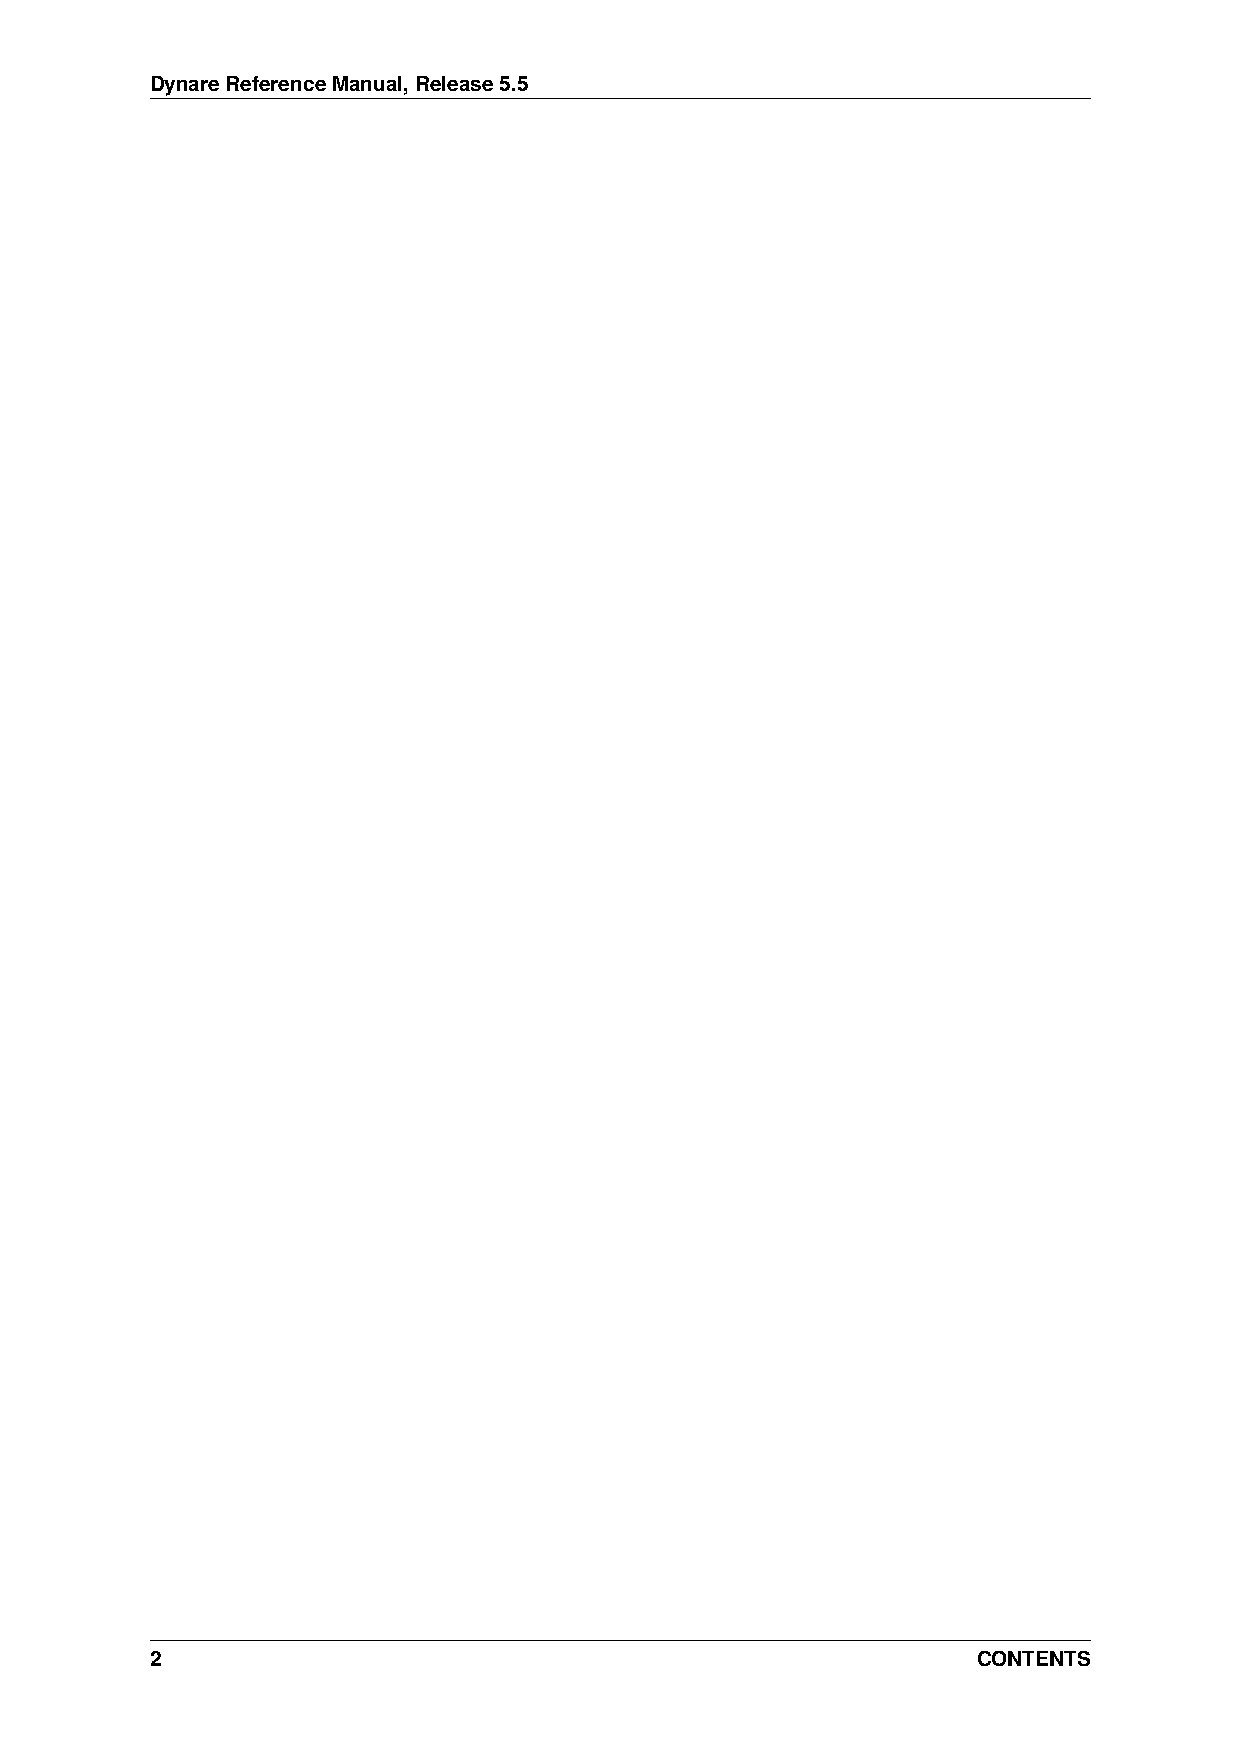
DynareReferenceManual,Release5.5
 2                                                      CONTENTS